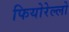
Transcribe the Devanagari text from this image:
फियोरेल्‍लो